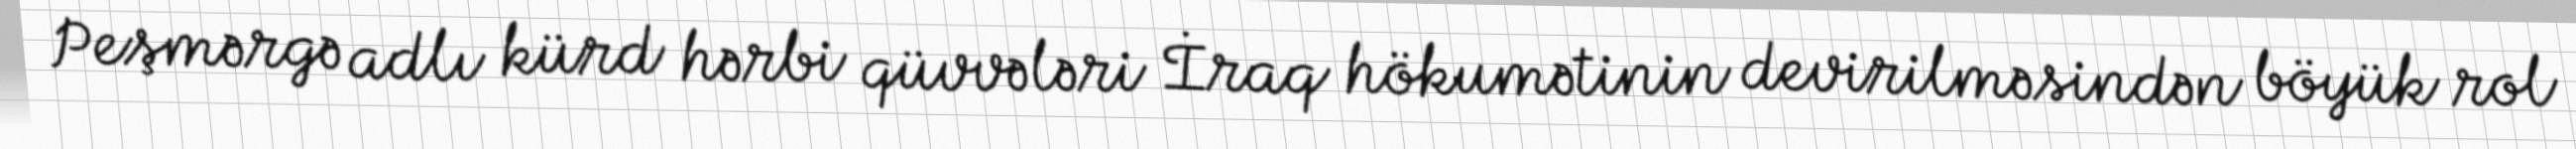
Peşmərgə adlı kürd hərbi qüvvələri İraq hökumətinin devirilməsindən böyük rol